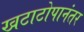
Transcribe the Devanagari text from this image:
खटाटोपानंतर